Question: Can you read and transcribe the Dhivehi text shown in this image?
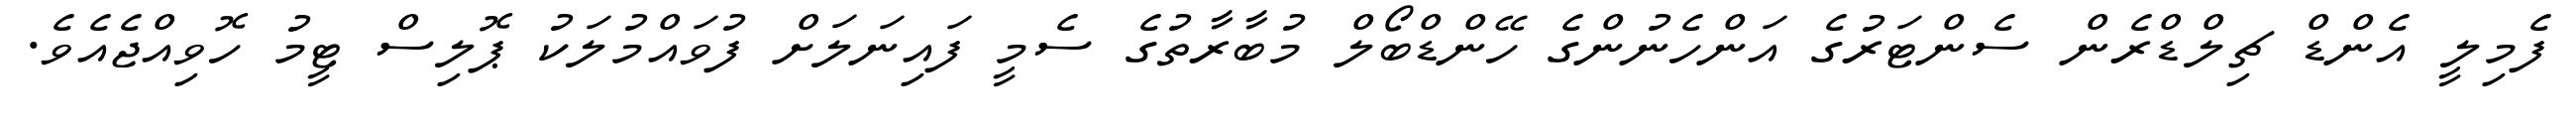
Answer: ފެމިލީ އެންޑް ޗިލްޑްރެން ސެންޓަރުގެ އަންހެނުންގެ ހޭންޑްބޯލް މުބާރާތުގެ ސެމީ ފައިނަލަށް ފުވައްމުލަކު ޕޮލިސް ޓީމު ހޮވިއްޖެއެވެ.